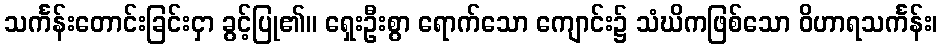
သင်္ကန်းတောင်းခြင်းငှာ ခွင့်ပြု၏။ ရှေးဦးစွာ ရောက်သော ကျောင်း၌ သံဃိကဖြစ်သော ဝိဟာရသင်္ကန်း၊